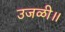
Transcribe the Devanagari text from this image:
उजळी॥